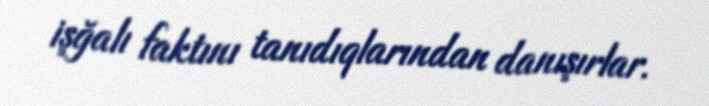
işğalı faktını tanıdıqlarından danışırlar.